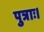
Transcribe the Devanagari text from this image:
पुत्राः।